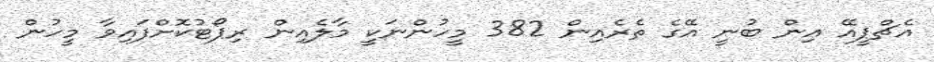
އެޗްޕީއޭ އިން ބުނީ އޭގެ ތެރެއިން 382 މީހުންނަކީ މާލެއިން ރިޕޯޓުކޮށްފައިވާ މީހުން